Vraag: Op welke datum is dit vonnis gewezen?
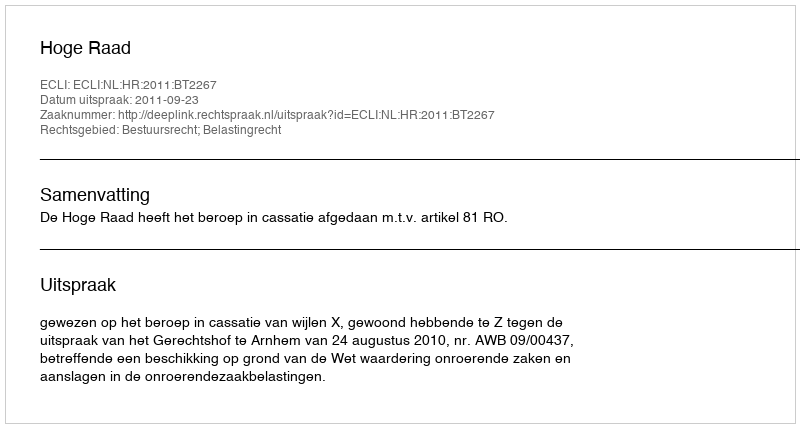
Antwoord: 2011-09-23